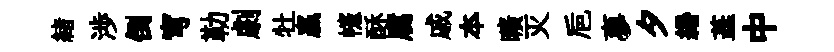
緖渉倒穹勒劇牡贏幰酥腐戚夲曠灭巵夣夕緡蕋中